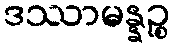
ဒဿာမန္နဉ္စ